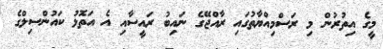
މީގެ އިތުރުން މި ރަސްމިއްޔާތުގައި ރާއްޖޭގެ ނައިބު ރައީސާއި އެ އަތޮޅު ކައުންސިލްގެ